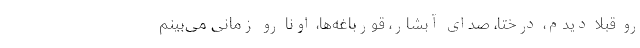
رو قبلاً دیدم، درختا، صدای آبشار، قورباغه‌ها، اونا رو زمانی می‌بینم